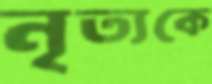
নৃত্যকে